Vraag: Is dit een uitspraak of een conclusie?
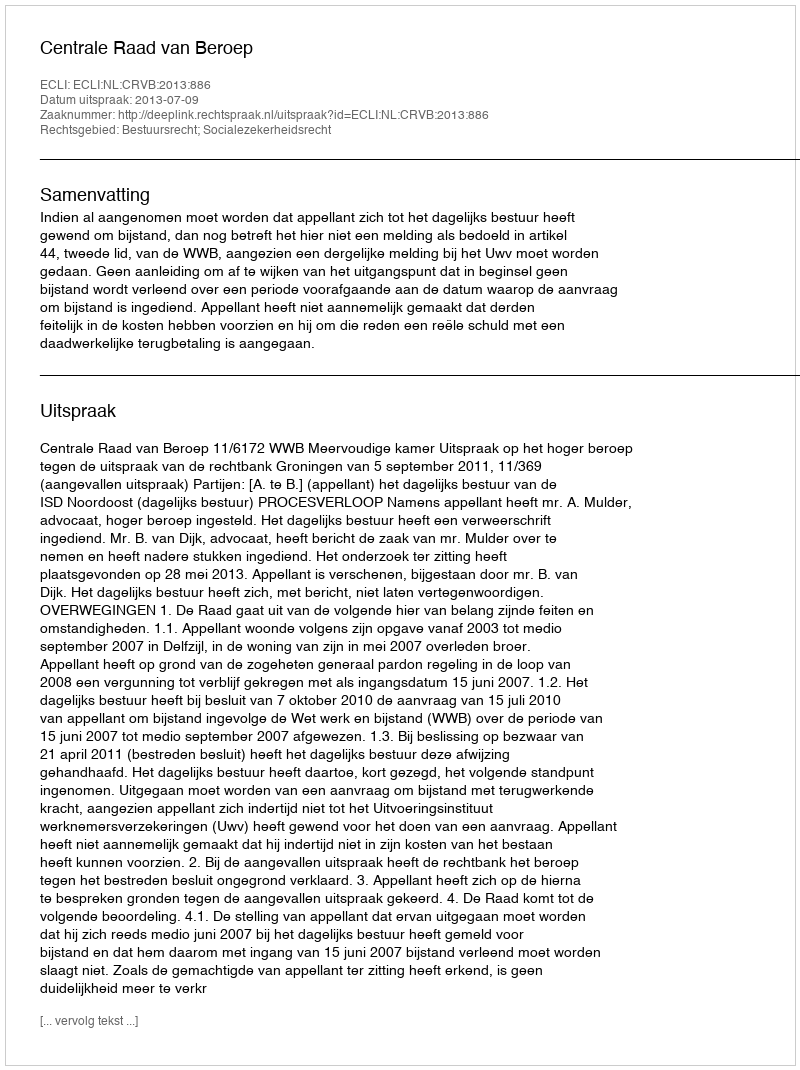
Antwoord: Uitspraak